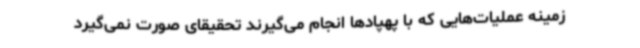
زمینه عملیات‌هایی که با پهپادها انجام می‌گیرند تحقیقای صورت نمی‌گیرد